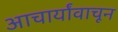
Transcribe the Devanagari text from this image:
आचार्यांवाचून